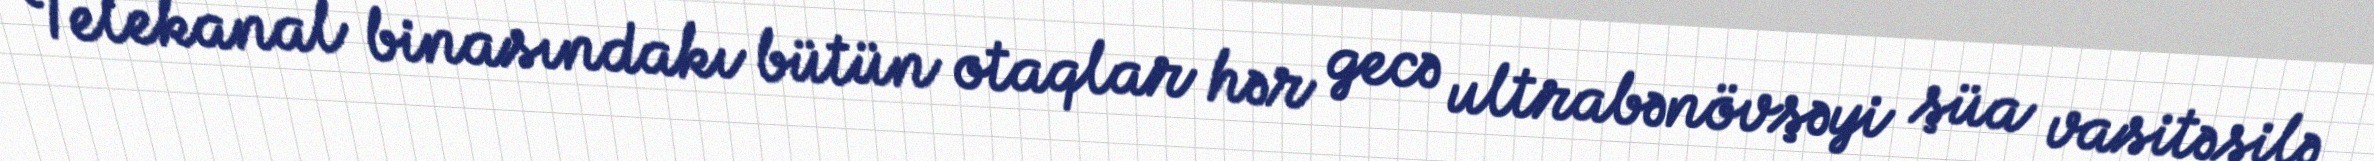
Telekanal binasındakı bütün otaqlar hər gecə ultrabənövşəyi şüa vasitəsilə